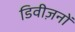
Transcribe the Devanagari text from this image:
डिवीज़नों